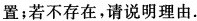
置；若不存在，请说明理由。图1 图2